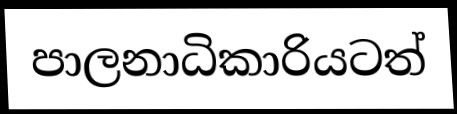
පාලනාධිකාරියටත්